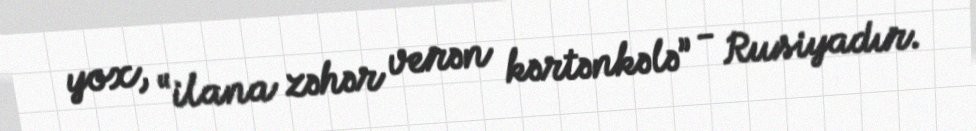
yox, “ilana zəhər verən kərtənkələ” - Rusiyadır.